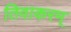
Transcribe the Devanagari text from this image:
तिवाकरम्